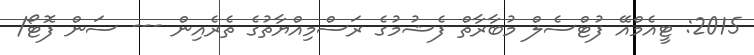
2015: ޓީއެމްއޭ ފުޓްސެލް މުބާރާތް ފެޝުމުގެ ރަސްމިއްޔާތުގެ ތެރެއިން --- ސަން ފޮޓޯ/